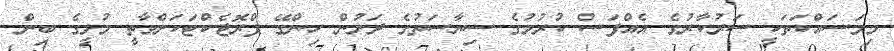
މިމަސައްކަތަކީ ސަރުކާރުގެ އެއްފަސް ކުރުމުގެ ސިޔާސަތުގެ ދަށުން ހިންގޭ ޕްރޮޖެކްޓަކަށްވާތީ މުލީގެ ބިން